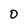
Character: O